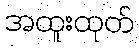
အထူးထုတ်